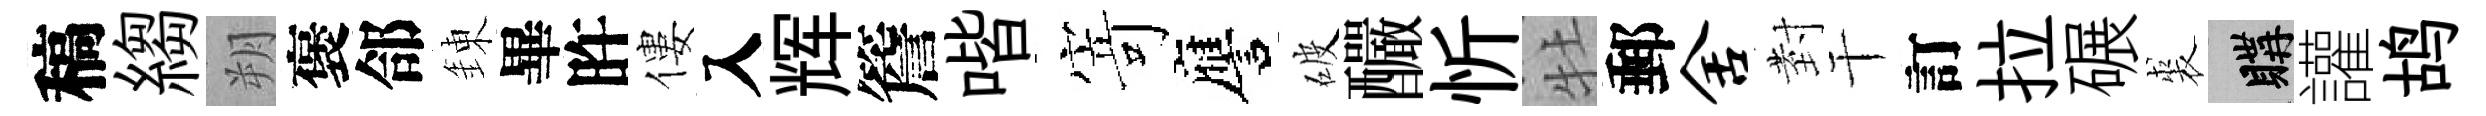
稿縐朔褒郃錬畢旿僂入辉簷喈𭔃譍破釅忻牡郵舍𭔹干訂拉碾裘購讙鸪